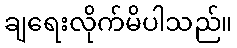
ချရေးလိုက်မိပါသည်။